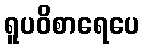
ရူပဝိစာရေပေ